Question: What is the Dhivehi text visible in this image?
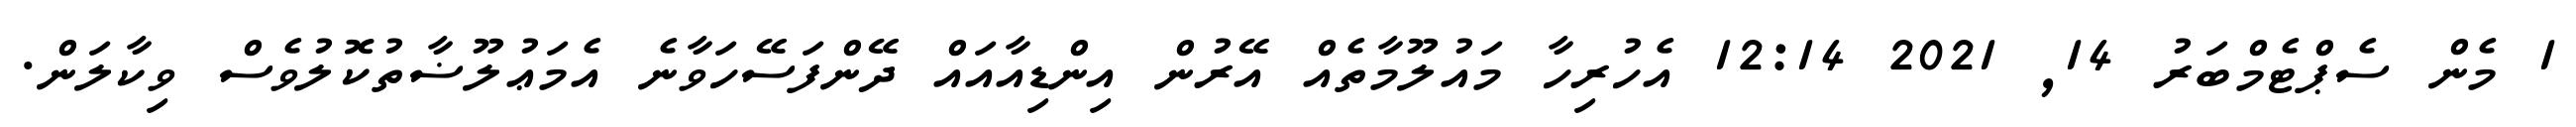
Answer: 1 މެން ސެޕްޓެމްބަރު 14, 2021 12:14 އެހުރިހާ މައުލޫމާތެއް އޭރުން އިންޑިއާއައް ދޭންފަސޭހަވާނެ އެމަޢުލޫޟާތުކޮލުވެސް ވިކާލަން.